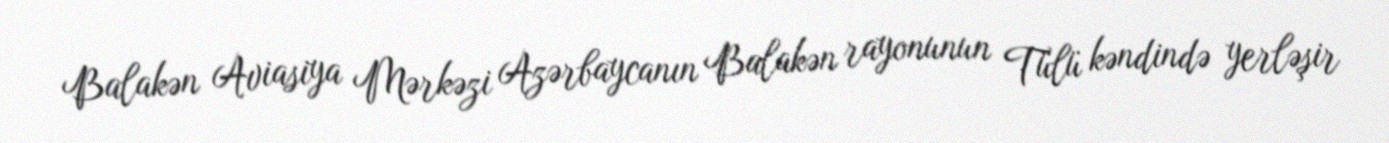
Balakən Aviasiya Mərkəzi Azərbaycanın Balakən rayonunun Tülü kəndində yerləşir